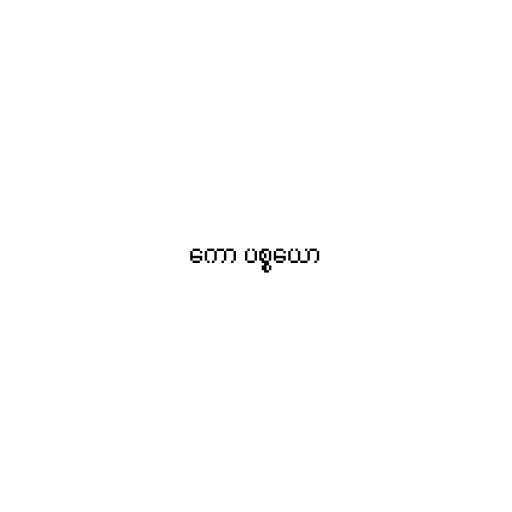
ကော ပစ္စယော